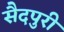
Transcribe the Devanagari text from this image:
सैदपुरी